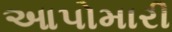
આપોમારી